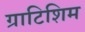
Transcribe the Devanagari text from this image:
ग्राटिशिम